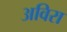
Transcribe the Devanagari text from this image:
अविरा